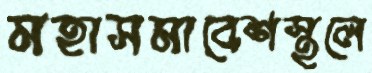
মহাসমাবেশস্থলে